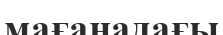
мағанадағы